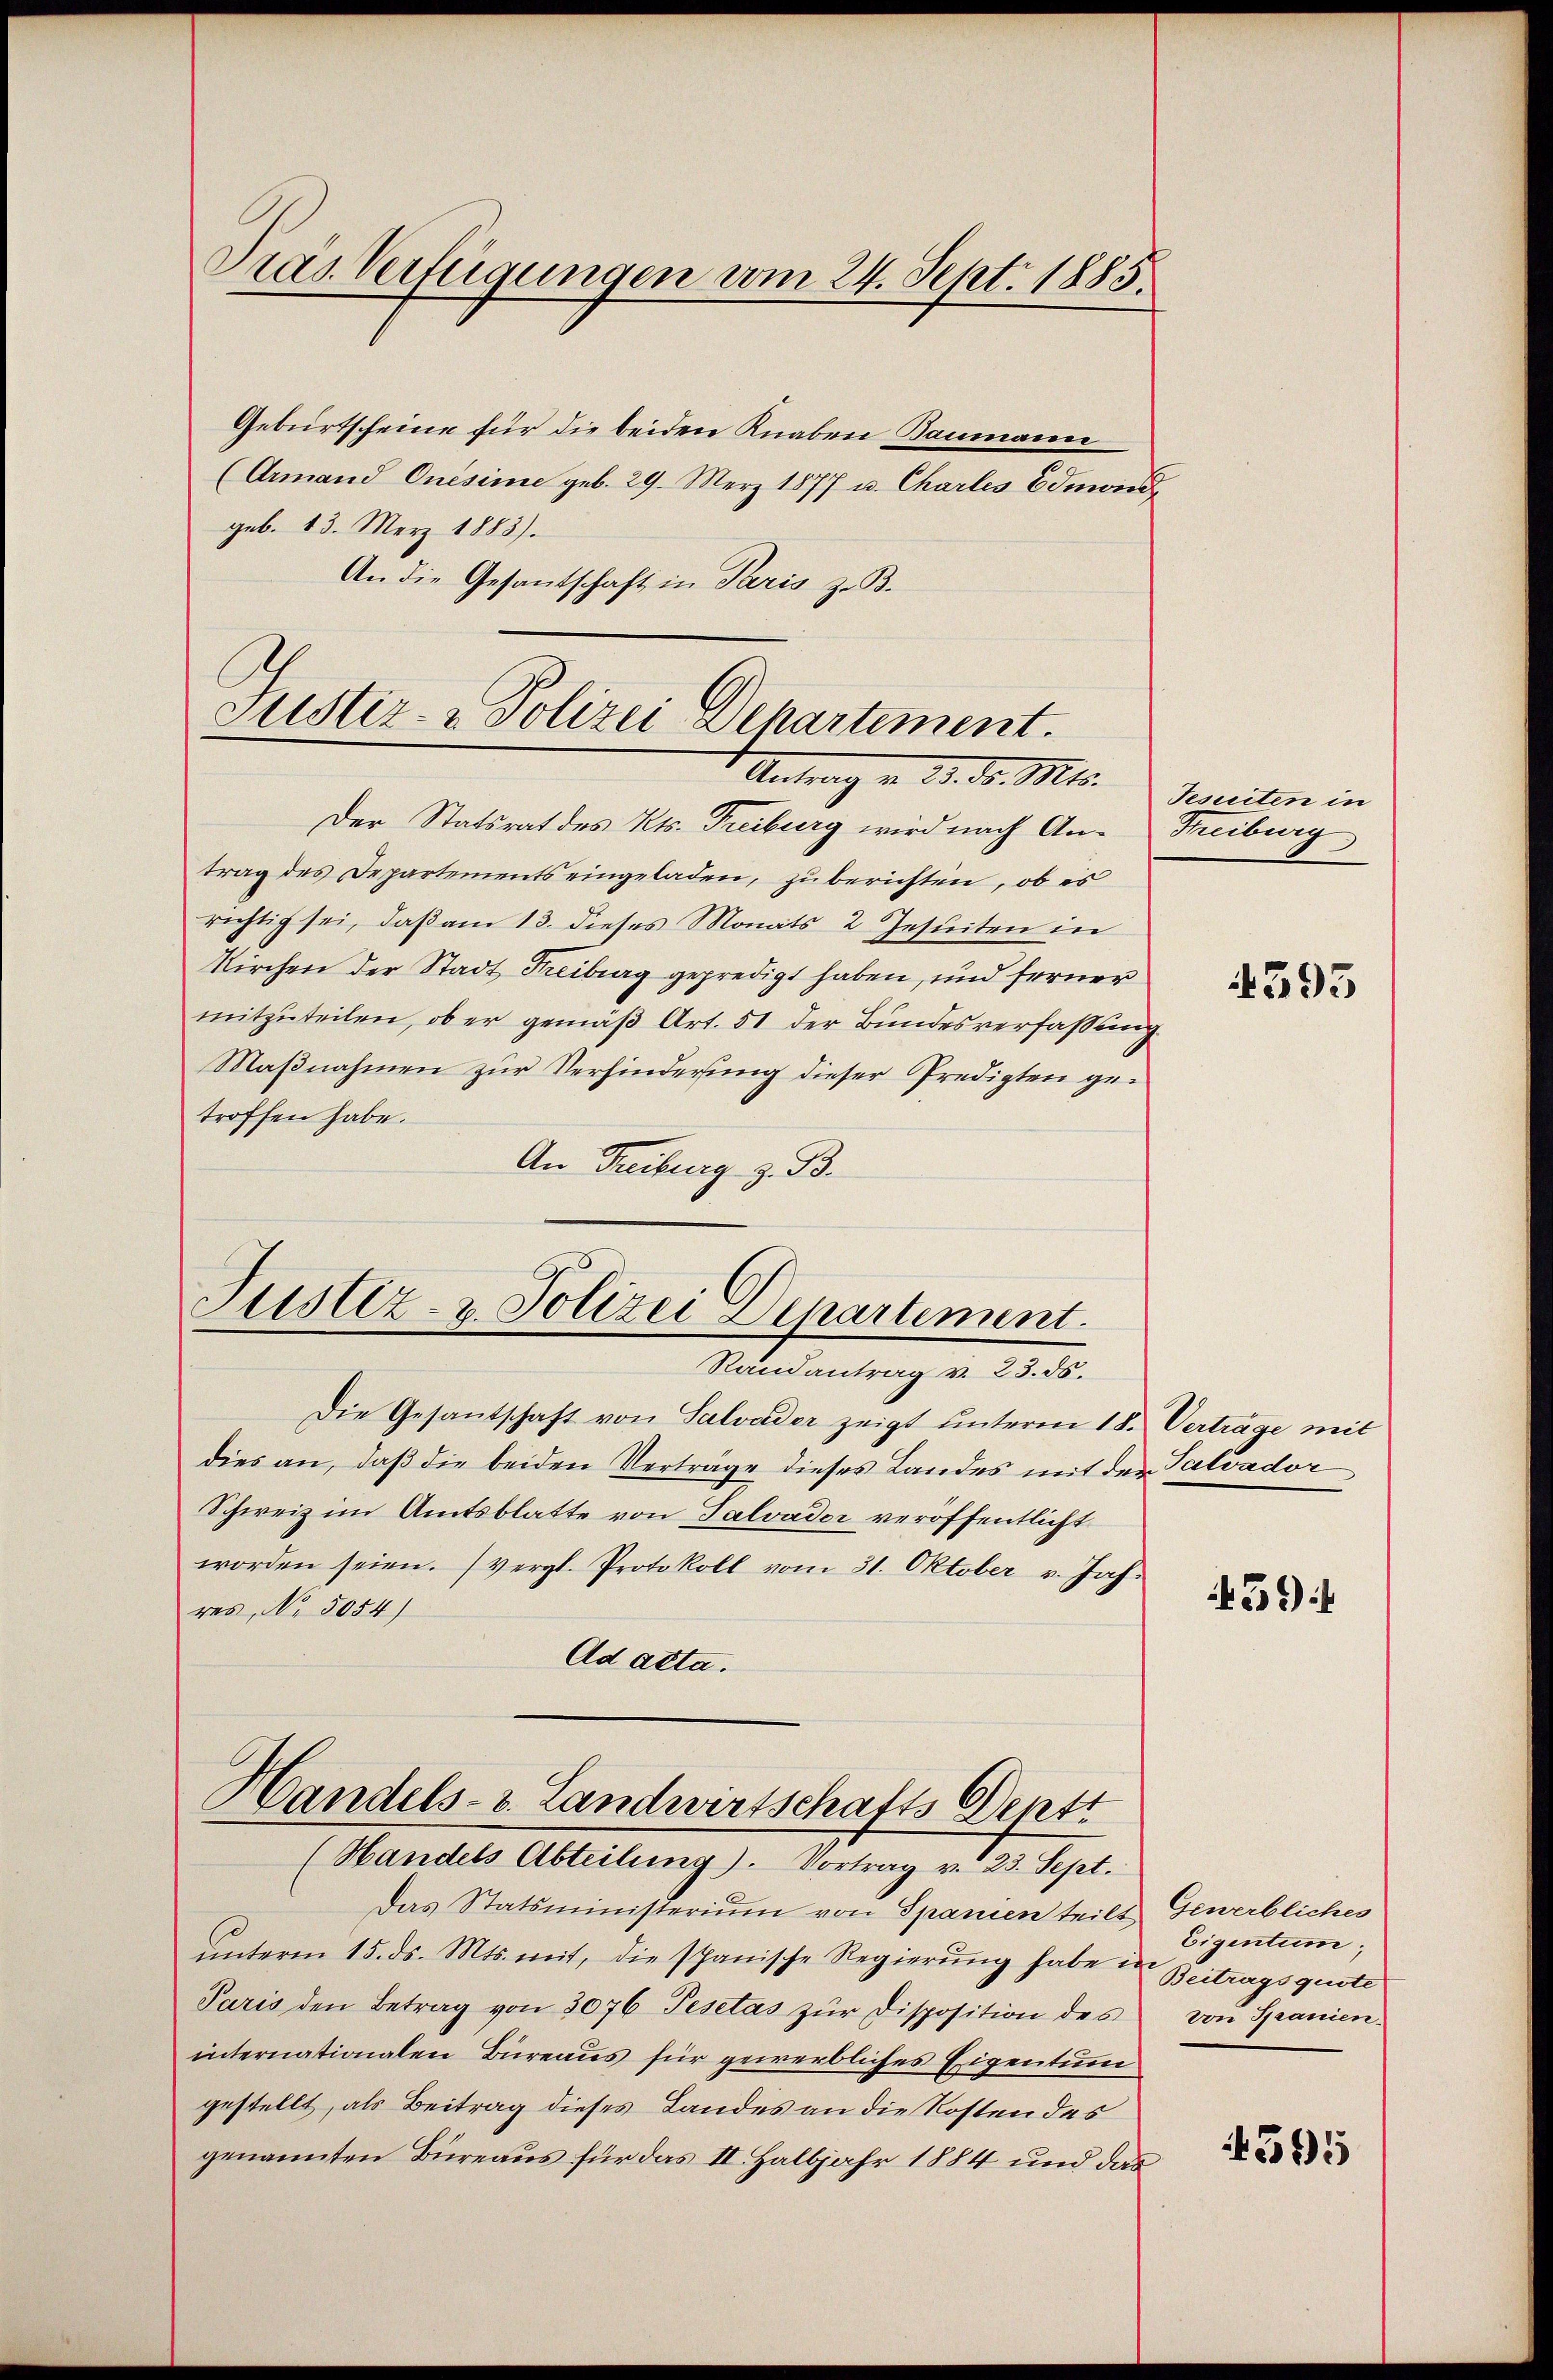
Pras Verfügungen vom 24. Sept. 1885.

Geburtscheine für die beiden Knaben Baumann
(Armand Cuésime geb. 29. Merz 1877 u. Charles Edmond
geb. 13. März 1883).
An die Gesantschaft in Paris z. B.

Justiz- & Polizei Departement.
Antrag v. 22. d. Mts.

Der Statsrat des Kts. Treiburg wird nach An- Treiburg
trag des Departements eingeladen, zuberichten, ob es
richtig sei, daß am 13. dieses Monats 2 Jesuiten in
Kirchen der Stadt Freiburg gepredigt haben, und ferner
mitzuteilen, ob er gemäß Art. 51 der Bundesverfassung
Maβnahmen zur Verhinderung dieser Predigten getroffen habe.
An Freiburg z. B.

Justiz- u. Polizei Departement.
Randantrag v. 23. ds.

Handels- u. Landwirtschafts Deptt
(Handels Abteilung). Vortrag v. 23. Sept.

Die Gesantschaft von Salvader zeigt unterm 18. Verträge mit
dies an, daß die beiden Verträge dieses Landes mit der Salvador
Schweiz im Amtsblatte von Talvader veröffentlicht
worden seien. (vergl. Protokoll vom 31. Oktober v. Jahres, No. 5054)
Ad atta.

Tesuiten in

das Statsministerium von Spanien teils Gewerbliches
unterm 15. ds. Mts. mit, die spanische Regierung habe in Beitragsquote
Paris den Betrag von 3076 Pesetas zŭr disposition des von Spanien-
internationalen Büreaus für gewerbliches Eigentum
gestellt, als Beitrag dieses Landes an die Kosten des
genannten Büreaus für das II. Halbjahr 1884 und das

4393

459

Eigentum;

4545